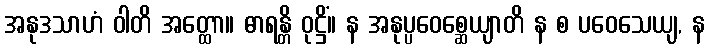
အနုဒသာဟံ ဝါတိ အတ္ထော။ ဓာရန္တိ ဝုဋ္ဌိံ။ န အနုပ္ပဝေစ္ဆေယျာတိ န စ ပဝေသေယျ, န